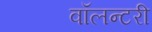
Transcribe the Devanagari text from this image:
वॉलन्टरी